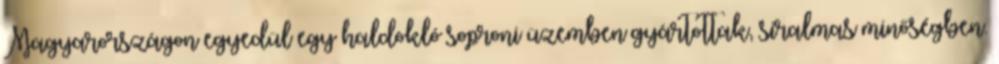
Magyarországon egyedül egy haldokló soproni üzemben gyártottak, siralmas minőségben.